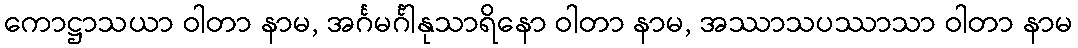
ကောဋ္ဌာသယာ ဝါတာ နာမ, အင်္ဂမင်္ဂါနုသာရိနော ဝါတာ နာမ, အဿာသပဿာသာ ဝါတာ နာမ